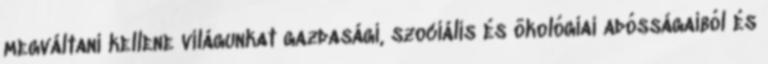
megváltani kellene világunkat gazdasági, szociális és ökológiai adósságaiból és